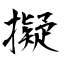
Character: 擬